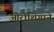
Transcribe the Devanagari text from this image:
ओरोशिगाने